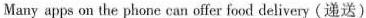
Many apps on the phone can offer food delivery(递送)